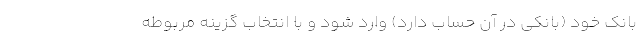
بانک خود (بانکی در آن حساب دارد) وارد شود و با انتخاب گزینه مربوطه